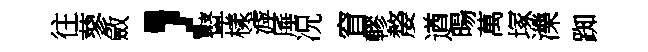
往蓼斂，鼙樣滹厜况窅轇嫠遒暘萬塚濼踟